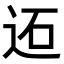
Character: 𨒙